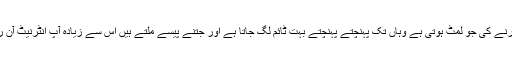
ان سائٹس میں کم سے کم ود ڈرا کرنے کی جو لمٹ ہوتی ہے وہاں تک پہنچتے پہنچتے بہت ٹائم لگ جاتا ہے اور جتنے پیسے ملتے ہیں اُس سے زیادہ آپ انٹرنیٹ آن رکھ کر خرچ کر چکے ہوتے ہیں ۔